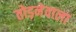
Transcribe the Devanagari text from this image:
तोड़नेवाला